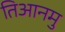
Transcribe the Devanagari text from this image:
तिआनमु